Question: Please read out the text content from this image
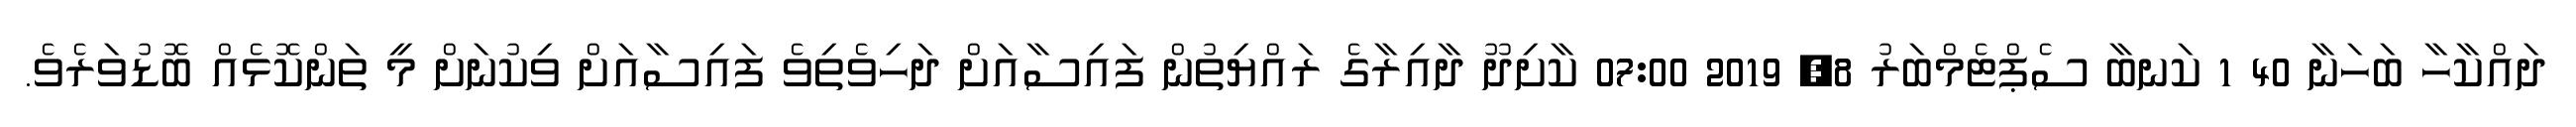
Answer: ދައްކާހާ ބަހަނާ 40 1 ކަނބާ ސެޕްޓެމްބަރު 8, 2019 07:00 ކާށިދޫ ދާއިރާގެ ރައްޔިތުން ފައިސާއަށް ދަހިވެތިވެ ފައިސާއަށް ވިކުނަށް މީ ތަންކޮޅެއް ބޮޑުވަރެވެ.